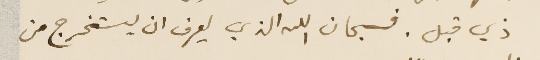
ذي قبل. فسبحان الله الذي يعرف ان يستخرج من